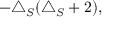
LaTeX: - \triangle _ { S } ( \triangle _ { S } + 2 ) ,